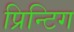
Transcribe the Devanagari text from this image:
प्रिन्टिग